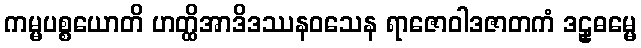
ကမ္မပစ္စယောတိ ဟတ္ထိအာဒိဒဿနဝသေန ရာဇောဝါဒဇာတကံ ဒဠှဓမ္မေ